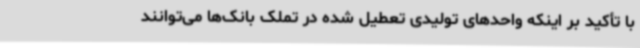
با تأکید بر اینکه واحدهای تولیدی تعطیل شده در تملک بانک‌ها می‌توانند